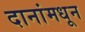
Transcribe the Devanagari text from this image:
दानांमधून